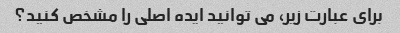
برای عبارت زیر، می توانید ایده اصلی را مشخص کنید؟